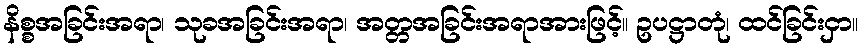
နိစ္စအခြင်းအရာ၊ သုခအခြင်းအရာ၊ အတ္တအခြင်းအရာအားဖြင့်။ ဥပဋ္ဌာတုံ၊ ထင်ခြင်းငှာ။